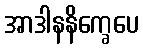
အာဒါနနိက္ခေပေ